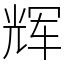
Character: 辉